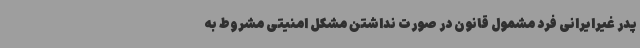
پدر غیرایرانی فرد مشمول قانون در صورت نداشتن مشکل امنیتی مشروط به